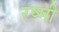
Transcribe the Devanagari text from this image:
रष्मी